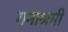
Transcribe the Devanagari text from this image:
रामाश्रमी